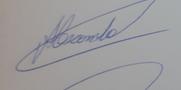
Signature authenticity: genuine